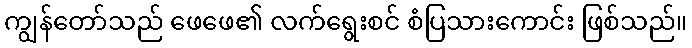
ကျွန်တော်သည် ဖေဖေ၏ လက်ရွေးစင် စံပြသားကောင်း ဖြစ်သည်။